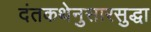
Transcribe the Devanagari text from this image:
दंतकथेनुसारसुद्धा